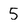
Character: 5